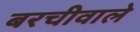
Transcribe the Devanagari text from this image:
बरचीवाले